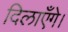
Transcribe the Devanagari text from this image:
दिलाएँगे।